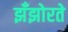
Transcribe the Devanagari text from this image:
झँझोरते